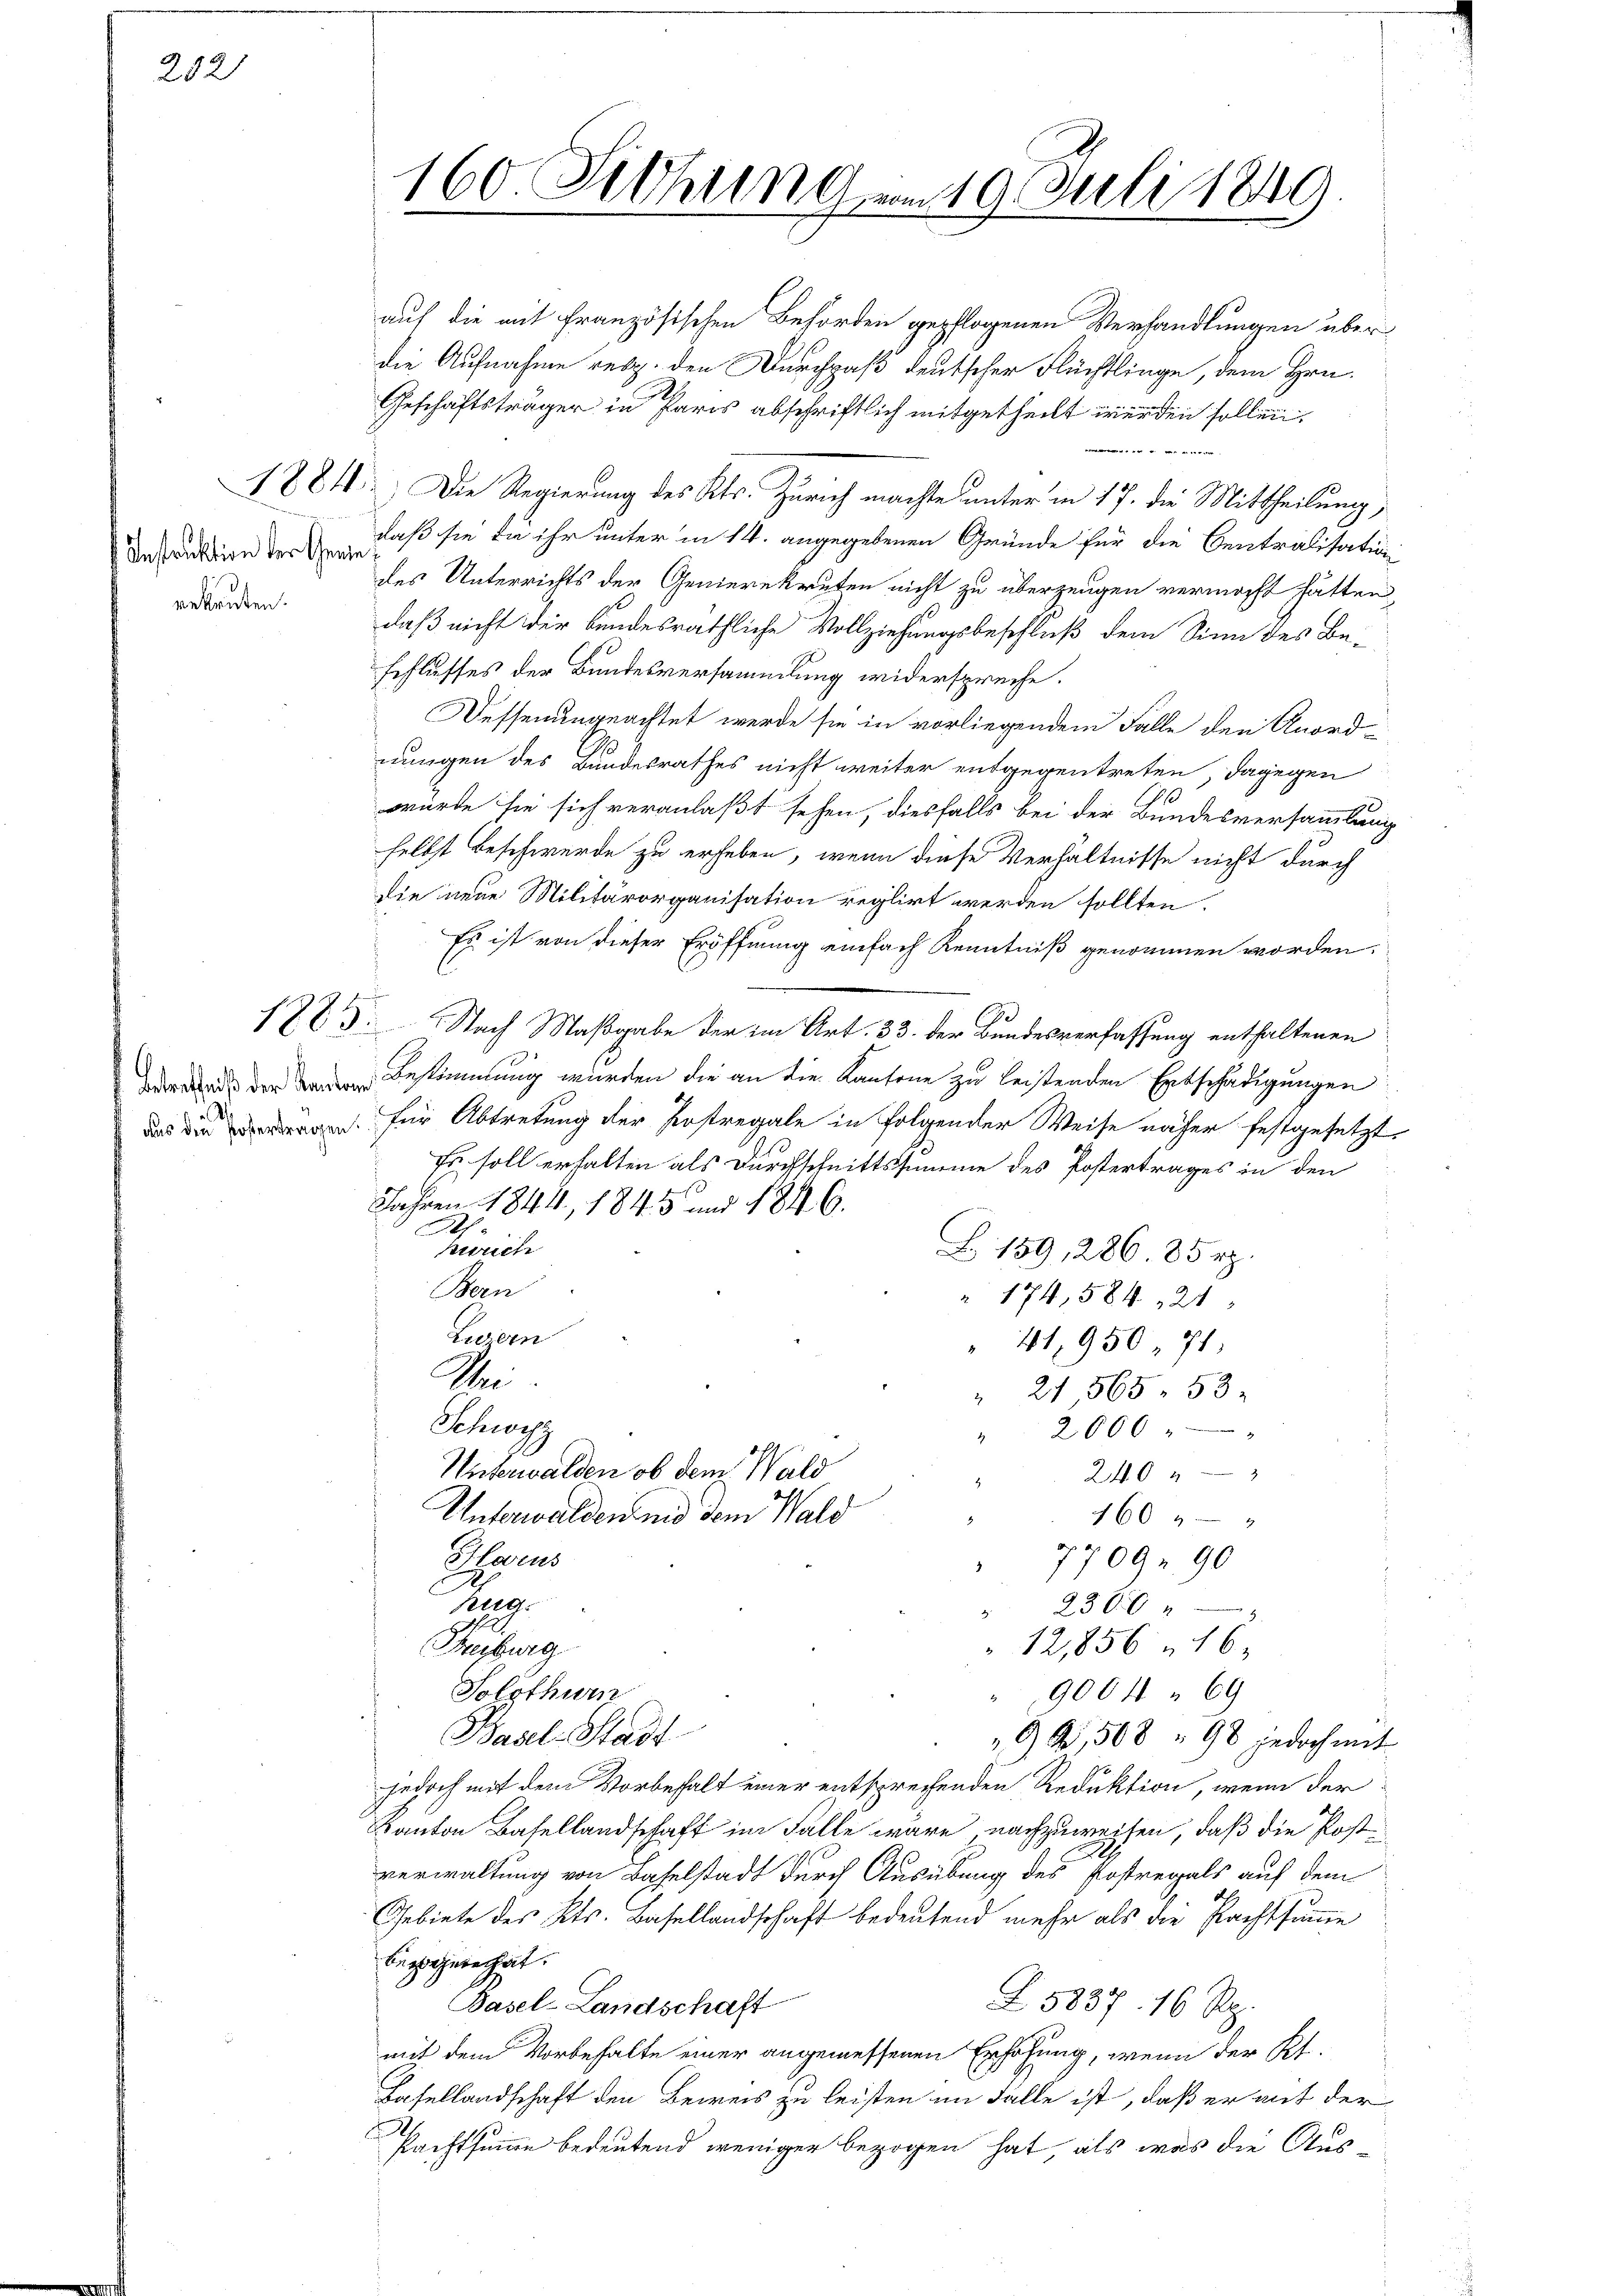
202

Instruktion der Genie
rekruten.

160. Siehung am 19. Juli 1849.

auf die mit Französischen Behörden gepflogenen Verhandlungen über
die Aufnahme resp. den Durchpaß deutscher Flüchtlinge, dem Hrn.
Geschäftsträger in Paris abschriftlich mitgetheilt werden sollen.
.
1881) Die Regierung des Kts. Zürich machte unter in 17. die Mittheilung,
daß sie die ihr unter in 14. angegebenen Gründe für die Centralisation
des Unterrichts der Genierekruten nicht zu überzeugen vermacht hätten,
daß nicht der bundesräthliche Vollziehungsbeschluß dem Sinn des Beschlusses der Bundesversammlung widerspreche.
Dessenungeachtet werde sie in vorliegendem Falle den Anord-
nungen des Bundesrathes nicht weiter entgegentreten, dagegen
würde sie sich veranlaßt sehen, diesfalls bei der Bundesversammlung
selbst Beschwerde zu erheben, wenn diese Verhältnisse nicht durch
die neue Militärorganisation reglirt werden sollten,
Es ist von dieser Eröffnung einfach Kenntniß genommen worden.
e
122. Nach Maßgabe der im Art. 33. der Bundesverfassung enthaltenen
drade der waren Bestimmung wurden die an die Kantone zu leistenden Entschädigungen
das die eigen für Abtretung der Postregale in folgender Weise näher festgesetzt,
Fr soll erhalten als Durchschnittssumme des Postertrages in den
Jahren 1844, 1845 und 1846.
Ah
Zürich
Z. 159, 286. 85 rp.
Bern
 174, 584. 125
Luzern
41,950. 71
Sei
21,565. 53
.
Schweiz
2600
Unterwalden, ob dem Wald
240
Unterwalden nid dem Wald
460 40 x
Hauns
77092. 90
Reg.
2300
12,856 n 16.
Freiburg
Solothurn
9004 69
Basel-Stadt
99,508 " 98 jedoch mit
jedoch mit dem Vorbehalt einer entsprechenden Reduktion, wenn der
Kanton Basellandschaft im Falle wäre nachzuweisen, daß die Postverwaltung von Baselstadt durch Ausübung des Postregals auf dem
Gebiete des Kts. Basellandschaft bedeutend mehr als die Pachtsumme
bezahnte hat.
Z. 5837. 16 Rp.
Basel-Landschaft
mit dem Vorbehalte einer angemessenen Erhöhung, wenn der Kt.
Basellandschaft den Beweis zu leisten im Falle ist, daß er mit der
Pachtsumme bedeutend weniger bezogen hat, als was die Aus¬